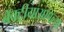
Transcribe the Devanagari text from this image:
बॅक्ट्रीयाआपल्या